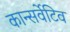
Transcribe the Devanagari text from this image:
कान्सर्वेटिव